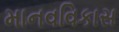
માનવવિકાસ